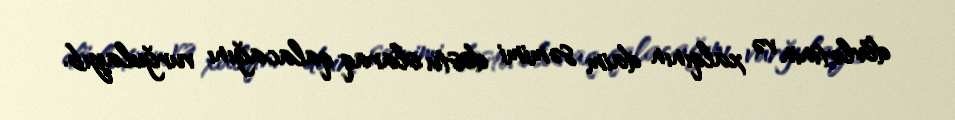
dövlətinin və xalqının daim səmimi dostu olaraq qalacağını vurğulayıb.